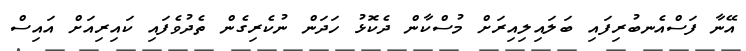
އޭނާ ފަސްއެނބުރިފައި ބަލައިލިއިރަށް މުސްކާން ދެކޮޅު ހަދަން ނުކެރިގެން ތެދުވެފައި ކައިރިއަށް އައިސް